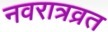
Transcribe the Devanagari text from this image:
नवरात्रव्रत